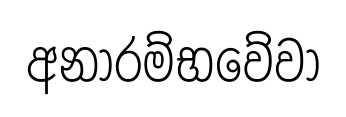
අනාරම්භවේවා